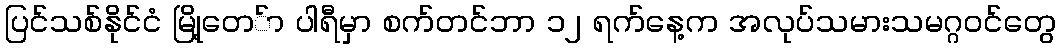
ပြင်သစ်နိုင်ငံ မြို့တေ်ာ ပါရီမှာ စက်တင်ဘာ ၁၂ ရက်နေ့က အလုပ်သမားသမဂ္ဂဝင်တွေ